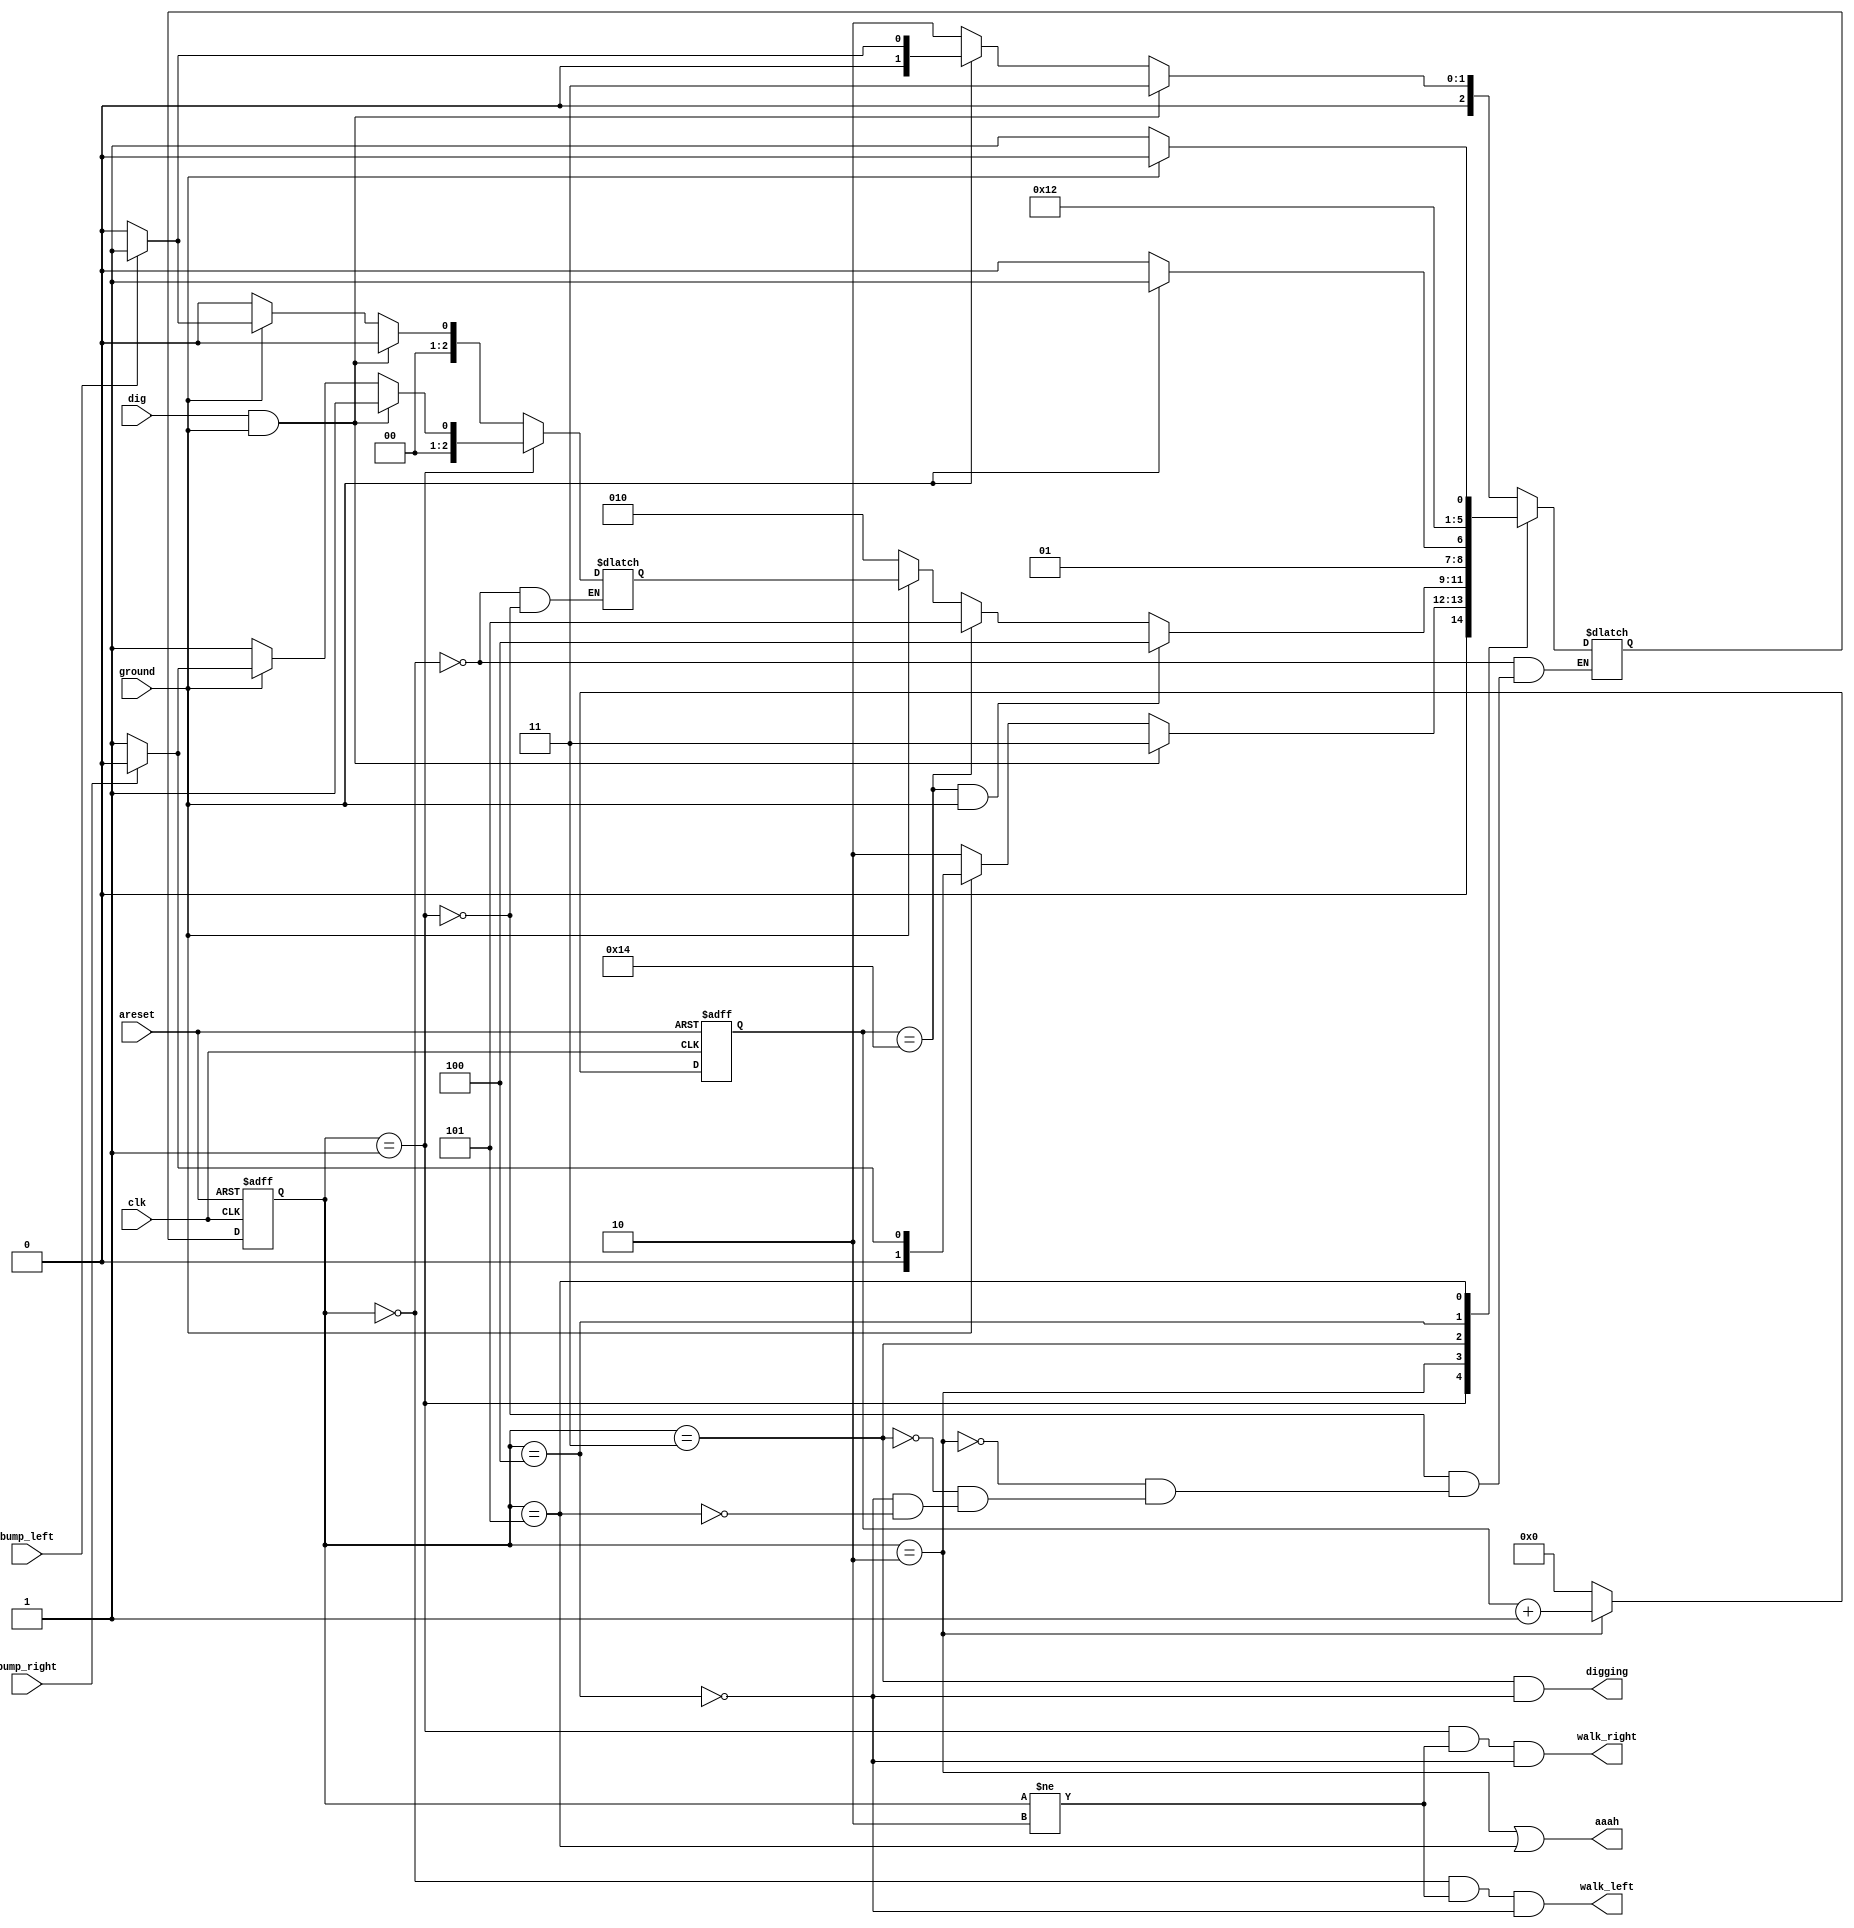
module top_module(
    input clk,
    input areset,    // Freshly brainwashed Lemmings walk left.
    input bump_left,
    input bump_right,
    input ground,
    input dig,
    output walk_left,
    output walk_right,
    output aaah,
    output digging ); 
	parameter LEFT=0, RIGHT=1,GROUND=2,DIG=3,SPLAT=4,TEMP=5;
    reg [2:0]state, next_state,prev_state;
    reg [4:0]count;
    always @(*) begin
        case(state)
            LEFT:begin
                prev_state<=LEFT;
                if(dig & ground) begin next_state<=DIG; end
                else if(~ground) begin next_state<=GROUND; end
                else if(bump_left) begin next_state<=RIGHT;prev_state<=RIGHT; end
                else begin next_state<=LEFT; end
            end
            RIGHT: begin
                prev_state<=RIGHT;
                if(dig & ground) begin next_state<=DIG; end
                else if(~ground) begin next_state<=GROUND; end
                else if(bump_right) begin next_state<=LEFT;prev_state<=LEFT; end
                else begin next_state<=RIGHT; end
            end
            GROUND: begin
                if(count==20 & ground) next_state<=SPLAT;
                else if(count==20) next_state<=TEMP;
                else if(ground) next_state<=prev_state;
                else begin next_state<=GROUND;end
            end
            DIG: begin
                if(ground) next_state<=DIG;
                else next_state<=GROUND;
            end
            SPLAT: begin
                next_state<=SPLAT;
            end
            TEMP: begin
                if(ground) next_state<=SPLAT;
                else next_state<=TEMP;
            end
        endcase
    end

    always @(posedge clk, posedge areset) begin
        if(areset) begin state<=LEFT; end
        else 
           	begin 
            	state<=next_state;
            end
    end
    always @(posedge clk, posedge areset) begin
        if(areset) count<=5'd0;
        else if(state==GROUND) count<=count+1'b1;
        else count<=5'd0;
    end

    
    assign walk_left = (state == LEFT)&(state!=GROUND)&~(state==SPLAT);
    assign walk_right = (state == RIGHT)&(state!=GROUND)&~(state==SPLAT);
    assign aaah = (state==GROUND)|(state==TEMP);
    assign digging = (state==DIG)&~(state==SPLAT);
endmodule